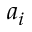
a _ { i }